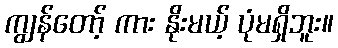
ကျွန်တော့် ကား နိုးမယ့် ပုံမရှိဘူး။